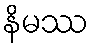
နိမဿ